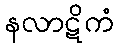
နလာဋိကံ